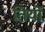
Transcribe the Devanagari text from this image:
तियों